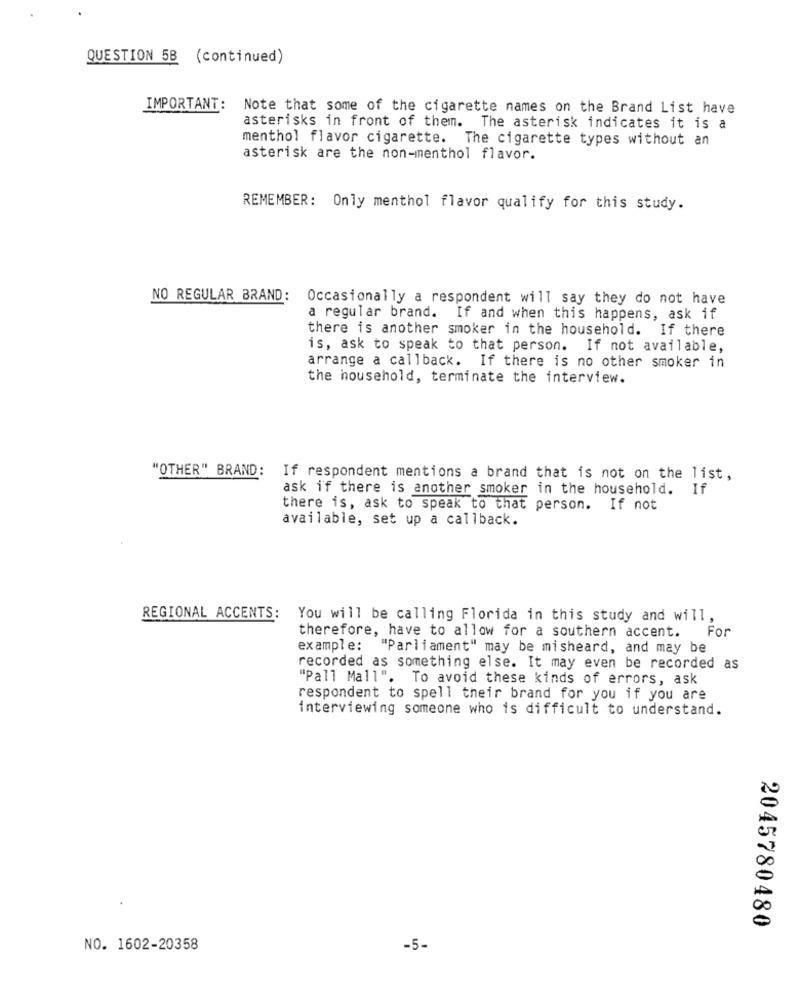
QUESTION 5B (continued)
IMPORTANT:
Note that some of the cigarette names on the Brand List have
asterisks in front of them. The asterisk indicates it is a
menthol flavor cigarette. The cigarette types without an
asterisk are the non-menthol flavor.
REMEMBER: Only menthol flavor qualify for this study.
NO REGULAR BRAND:
Occasionally a respondent will say they do not have
a regular brand. If and when this happens, ask if
there is another smoker in the household. If there
is, ask to speak to that person. If not available,
arrange a callback. If there is no other smoker in
the household, terminate the interview.
"OTHER" BRAND: If respondent mentions a brand that is not on the list,
ask if there is another smoker in the household. If
there is, ask to speak to that person. If not
available, set up a callback.
REGIONAL ACCENTS: You will be calling Florida in this study and will
therefore, have to allow for a southern accent. For
example: "Parliament" may be misheard, and may be
recorded as something else. It may even be recorded as
"Pall Mall". To avoid these kinds of errors, ask
respondent to spell their brand for you if you are
interviewing someone who is difficult to understand.
2045780480
NO. 1602-20358
-5-